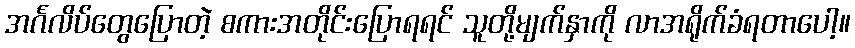
အင်္ဂလိပ်တွေပြောတဲ့ စကားအတိုင်းပြောရရင် သူတို့မျက်နှာကို လာအရိုက်ခံရတာပေါ့။